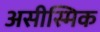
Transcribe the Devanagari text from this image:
असीस्मिक